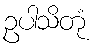
ဥပါသိတုံ